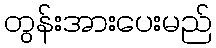
တွန်းအားပေးမည်